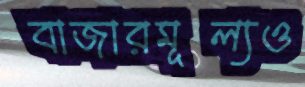
বাজারমূল্যও